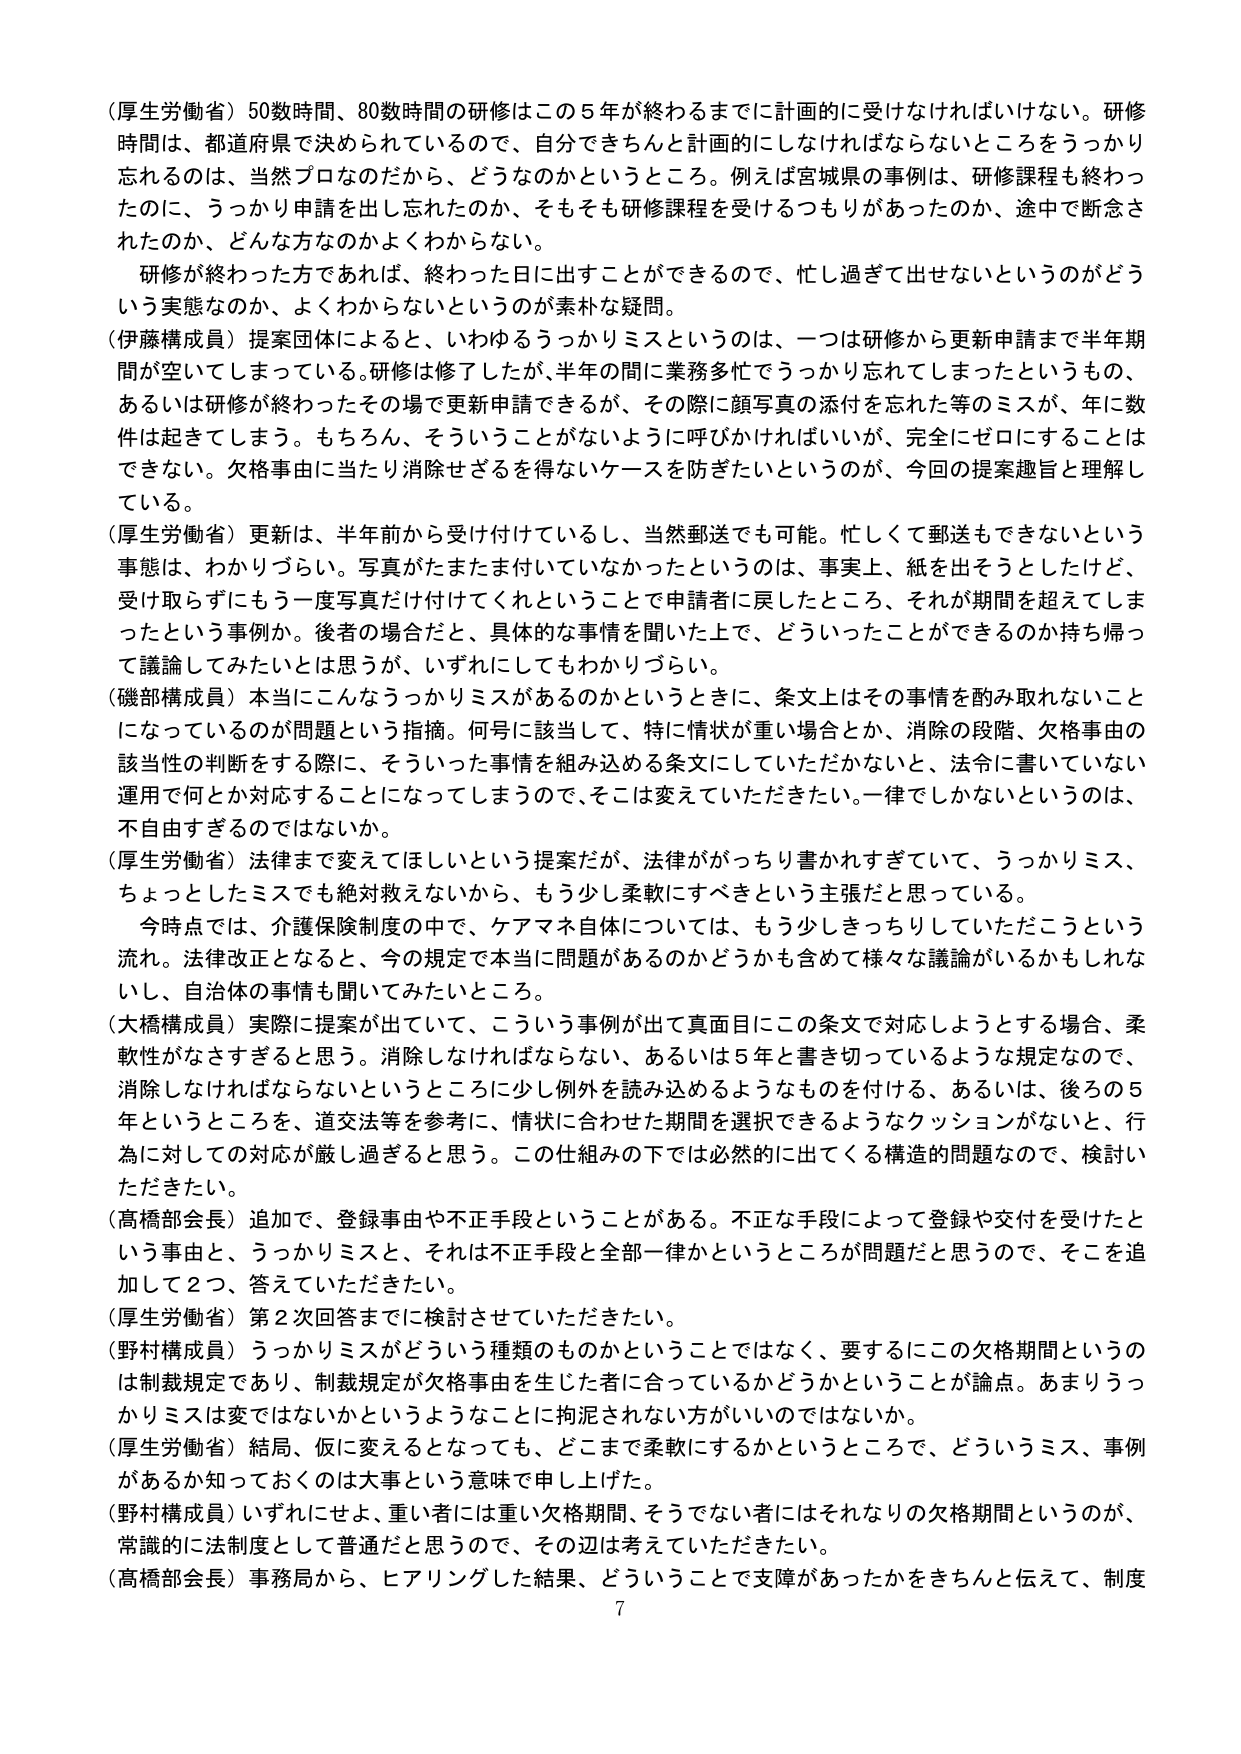
（厚生労働省）50数時間、80数時間の研修はこの5年が終わるまでに計画的に受けなければならない。研修時間は、都道府県で決められているので、自分できちんと計画的にしなければならないところをうっかり忘れるのは、当然プロなのだから、どうなのかというところ。例えば宮城県の事例は、研修課程も終わったのに、うっかり申請を出し忘れたのか、そもそも研修課程を受けるつもりがあったのか、途中で断念されたのか、どんな方なのかよくわからない。

研修が終わった方であれば、終わった日に出すことができるのでき、忙し過ぎて出せないというのがどういう実態なのか、よくわからないというのが素朴な疑問。

（伊藤構成員）提案団体によると、いわゆるうっかりミスというのは、一つは研修から更新申請まで半年期間が空いてしまっている。研修は修了したが、半年の間に業務多忙でうっかり忘れてしまったというもの、あるいは研修が終わったその場で更新申請できるが、その際に顔写真の添付を忘れた等のミスが、年に数件は起きてしまう。もちろん、そういうことがないように呼びかければいいが、完全にゼロにすることはできない。欠格事由に当たり消除せざるを得ないケースを防ぎたいというのが、今回の提案趣旨と理解している。

（厚生労働省）更新は、半年前から受け付けているし、当然郵送でも可能。忙しくて郵送もできないという事態は、わかりづらい。写真がたまたま付いていなかったというのは、事実上、紙を出そうとしたけど、受け取らずにもう一度写真だけ付けてくれということで申請者に戻したところ、それが期間を超えてしまったという事例か。後者の場合だと、具体的な事情を聞いた上で、どういったことができるのか持ち帰って議論してみたいとは思うが、いずれにしてもわかりづらい。

（磯部構成員）本当にこんなうっかりミスがあるのかというときに、条文上はその事情を酌み取れないことになっているのが問題という指摘。何号に該当して、特に情状が重い場合とか、消除の段階、欠格事由の該当性の判断をする際に、そういった事情を組み込める条文にしていただかないと、法令に書いていない運用で何とか対応することになってしまうので、そこは変えていただきたい。一律でしかないというのは、不自由すぎるのではないか。

（厚生労働省）法律まで変えてしまいという提案だが、法律ががっちり書かれすぎていて、うっかりミス、ちょっとしたミスでも絶対救えないから、もう少し柔軟にすべきという主張だと思っている。

今時点では、介護保険制度の中で、ケアマネ自体については、もう少しきっちりしていただこうという流れ。法律改正となると、今の規定で本当に問題があるのかどうかも含めて様々な議論がいるかもしれな いし、自治体の事情も聞いてみたいところ。

（大橋構成員）実際に提案が出ていて、こういう事例が出て真面目にこの条文で対応しようとする場合、柔軟性がなさすぎると思う。消除しなければならない、あるいは5年と書き切っているような規定なので、消除しなければならないというところに少し例外を読み込めるようなものを付ける、あるいは、後ろの5年というところを、道交法等を参考に、情状に合わせた期間を選択できるようなクッションがないと、行為に対しての対応が厳し過ぎると思う。この仕組みの下では必然的に出てくる構造的問題なので、検討いただきたい。

（高橋部会長）追加で、登録事由や不正手段ということがある。不正な手段によって登録や交付を受けたという事由と、うっかりミスと、それは不正手段と全部一律かというところが問題だと思うので、そこを追加して2つ、答えていただきたい。

（厚生労働省）第2次回答までに検討させていただきたい。

（野村構成員）うっかりミスがどういう種類のものかということではなく、要するにこの欠格期間というのは制裁規定であり、制裁規定が欠格事由を生じた者に合っているかどうかということが論点。あまりうっかりミスは変ではないかというようなことに拘泥されない方がいいのではないか。

（厚生労働省）結局、仮に変えるとなっても、どこまで柔軟にするかというところで、どういうミス、事例があるか知っておくのは大事という意味で申し上げた。

（野村構成員）いずれにせよ、重い者には重い欠格期間、そうでない者にはそれなりの欠格期間というのが、常識的に法制度として普通だと思うので、その辺は考えていただきたい。

（高橋部会長）事務局から、ヒアリングした結果、どういうことで支障があったかをきちんと伝えて、制度

7